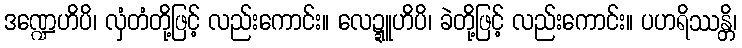
ဒဏ္ဍေဟိပိ၊ လှံတံတို့ဖြင့် လည်းကောင်း။ လေဍ္ဍူဟိပိ၊ ခဲတို့ဖြင့် လည်းကောင်း။ ပဟရိဿန္တိ၊